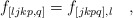
\begin{align*}f_{[ljkp,q]}=f_{[jkpq],l} \quad , \end{align*}